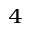
^ 4